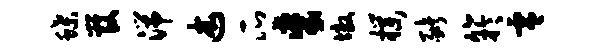
蝶管湍述瓜裘墩朴猪竽零